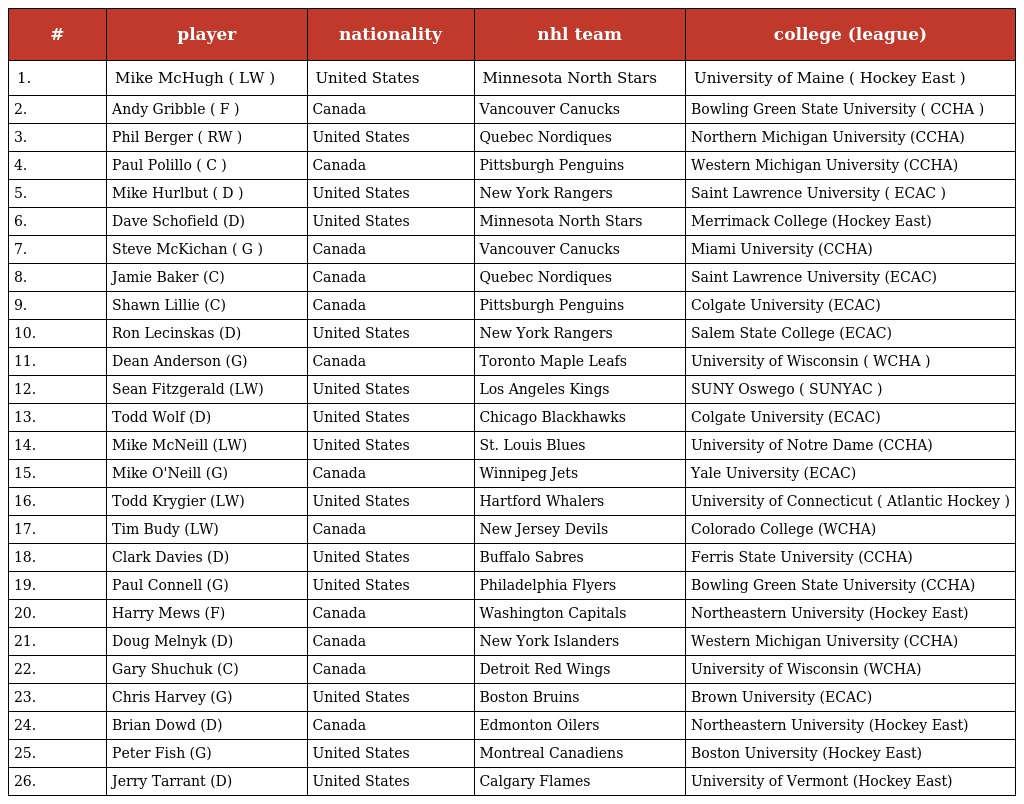
| # | player | nationality | nhl team | college (league) |
 | --- | --- | --- | --- | --- |
 | 1. | Mike McHugh ( LW ) | United States | Minnesota North Stars | University of Maine ( Hockey East ) |
 | 2. | Andy Gribble ( F ) | Canada | Vancouver Canucks | Bowling Green State University ( CCHA ) |
 | 3. | Phil Berger ( RW ) | United States | Quebec Nordiques | Northern Michigan University (CCHA) |
 | 4. | Paul Polillo ( C ) | Canada | Pittsburgh Penguins | Western Michigan University (CCHA) |
 | 5. | Mike Hurlbut ( D ) | United States | New York Rangers | Saint Lawrence University ( ECAC ) |
 | 6. | Dave Schofield (D) | United States | Minnesota North Stars | Merrimack College (Hockey East) |
 | 7. | Steve McKichan ( G ) | Canada | Vancouver Canucks | Miami University (CCHA) |
 | 8. | Jamie Baker (C) | Canada | Quebec Nordiques | Saint Lawrence University (ECAC) |
 | 9. | Shawn Lillie (C) | Canada | Pittsburgh Penguins | Colgate University (ECAC) |
 | 10. | Ron Lecinskas (D) | United States | New York Rangers | Salem State College (ECAC) |
 | 11. | Dean Anderson (G) | Canada | Toronto Maple Leafs | University of Wisconsin ( WCHA ) |
 | 12. | Sean Fitzgerald (LW) | United States | Los Angeles Kings | SUNY Oswego ( SUNYAC ) |
 | 13. | Todd Wolf (D) | United States | Chicago Blackhawks | Colgate University (ECAC) |
 | 14. | Mike McNeill (LW) | United States | St. Louis Blues | University of Notre Dame (CCHA) |
 | 15. | Mike O'Neill (G) | Canada | Winnipeg Jets | Yale University (ECAC) |
 | 16. | Todd Krygier (LW) | United States | Hartford Whalers | University of Connecticut ( Atlantic Hockey ) |
 | 17. | Tim Budy (LW) | Canada | New Jersey Devils | Colorado College (WCHA) |
 | 18. | Clark Davies (D) | United States | Buffalo Sabres | Ferris State University (CCHA) |
 | 19. | Paul Connell (G) | United States | Philadelphia Flyers | Bowling Green State University (CCHA) |
 | 20. | Harry Mews (F) | Canada | Washington Capitals | Northeastern University (Hockey East) |
 | 21. | Doug Melnyk (D) | Canada | New York Islanders | Western Michigan University (CCHA) |
 | 22. | Gary Shuchuk (C) | Canada | Detroit Red Wings | University of Wisconsin (WCHA) |
 | 23. | Chris Harvey (G) | United States | Boston Bruins | Brown University (ECAC) |
 | 24. | Brian Dowd (D) | Canada | Edmonton Oilers | Northeastern University (Hockey East) |
 | 25. | Peter Fish (G) | United States | Montreal Canadiens | Boston University (Hockey East) |
 | 26. | Jerry Tarrant (D) | United States | Calgary Flames | University of Vermont (Hockey East) |